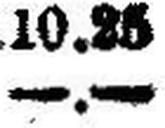
—.—